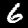
Digit: 6